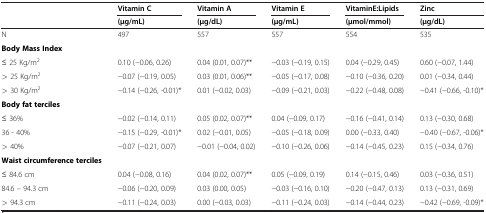
<table><thead><tr><td rowspan="2"><b> </b></td><td><b>Vitamin C</b></td><td><b>Vitamin A</b></td><td><b>Vitamin E</b></td><td><b>VitaminE:Lipids</b></td><td><b>Zinc</b></td></tr><tr><td><b>(μg/mL)</b></td><td><b>(μg/dL)</b></td><td><b>(μg/mL)</b></td><td><b>(μmol/mmol)</b></td><td><b>(μg/dL)</b></td></tr></thead><tbody><tr><td>N</td><td>497</td><td>557</td><td>557</td><td>554</td><td>535</td></tr><tr><td><b>Body Mass Index</b></td><td> </td><td> </td><td> </td><td> </td><td> </td></tr><tr><td>≤ 25 Kg/m<sup>2</sup></td><td>0.10 (−0.06, 0.26)</td><td>0.04 (0.01, 0.07)**</td><td>−0.03 (−0.19, 0.15)</td><td>0.04 (−0.29, 0.45)</td><td>0.60 (−0.07, 1.44)</td></tr><tr><td>&gt; 25 Kg/m<sup>2</sup></td><td>−0.07 (−0.19, 0.05)</td><td>0.03 (0.01, 0.06)**</td><td>−0.05 (−0.17, 0.08)</td><td>−0.10 (−0.36, 0.20)</td><td>0.01 (−0.34, 0.44)</td></tr><tr><td>&gt; 30 Kg/m<sup>2</sup></td><td>−0.14 (−0.26, -0.01)*</td><td>0.01 (−0.02, 0.03)</td><td>−0.09 (−0.21, 0.03)</td><td>−0.22 (−0.48, 0.08)</td><td>−0.41 (−0.66, -0.10)*</td></tr><tr><td><b>Body fat terciles</b></td><td> </td><td> </td><td> </td><td> </td><td> </td></tr><tr><td>≤ 36%</td><td>−0.02 (−0.14, 0.11)</td><td>0.05 (0.02, 0.07)**</td><td>0.04 (−0.09, 0.17)</td><td>−0.16 (−0.41, 0.14)</td><td>0.13 (−0.30, 0.68)</td></tr><tr><td>36 - 40%</td><td>−0.15 (−0.29, -0.01)*</td><td>0.02 (−0.01, 0.05)</td><td>−0.05 (−0.18, 0.09)</td><td>0.00 (−0.33, 0.40)</td><td>−0.40 (−0.67, -0.06)*</td></tr><tr><td>&gt; 40%</td><td>−0.07 (−0.21, 0.07)</td><td>−0.01 (−0.04, 0.02)</td><td>−0.10 (−0.26, 0.06)</td><td>−0.14 (−0.45, 0.23)</td><td>0.15 (−0.34, 0.76)</td></tr><tr><td><b>Waist circumference terciles</b></td><td> </td><td> </td><td> </td><td> </td><td> </td></tr><tr><td>≤ 84.6 cm</td><td>0.04 (−0.08, 0.16)</td><td>0.04 (0.02, 0.07)**</td><td>0.05 (−0.09, 0.19)</td><td>0.14 (−0.15, 0.46)</td><td>0.03 (−0.36, 0.51)</td></tr><tr><td>84.6 – 94.3 cm</td><td>−0.06 (−0.20, 0.09)</td><td>0.03 (0.00, 0.05)</td><td>−0.03 (−0.16, 0.10)</td><td>−0.20 (−0.47, 0.13)</td><td>0.13 (−0.31, 0.69)</td></tr><tr><td>&gt; 94.3 cm</td><td>−0.11 (−0.24, 0.03)</td><td>0.00 (−0.03, 0.03)</td><td>−0.11 (−0.24, 0.03)</td><td>−0.14 (−0.44, 0.23)</td><td>−0.42 (−0.69, -0.09)*</td></tr></tbody></table>